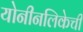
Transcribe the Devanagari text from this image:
योनीनलिकेची